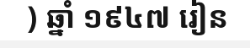
) ឆ្នាំ ១៩៤៧ រៀន